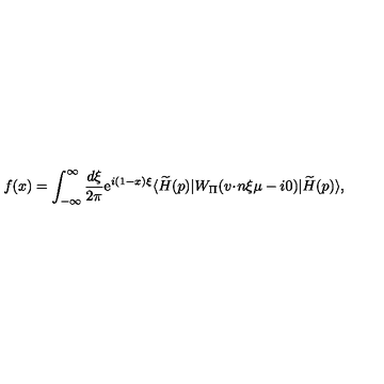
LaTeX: f ( x ) = \int _ { - \infty } ^ { \infty } \frac { d \xi } { 2 \pi } \mathrm { e } ^ { i ( 1 - x ) \xi } \langle \widetilde { H } ( p ) | W _ { \scriptstyle \Pi } ( { v \! \cdot \! n } \xi \mu - i 0 ) | \widetilde { H } ( p ) \rangle ,